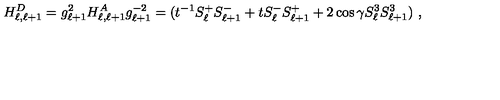
H _ { \ell , \ell + 1 } ^ { D } = g _ { \ell + 1 } ^ { 2 } H _ { \ell , \ell + 1 } ^ { A } g _ { \ell + 1 } ^ { - 2 } = ( t ^ { - 1 } S _ { \ell } ^ { + } S _ { \ell + 1 } ^ { - } + t S _ { \ell } ^ { - } S _ { \ell + 1 } ^ { + } + 2 \cos \gamma S _ { \ell } ^ { 3 } S _ { \ell + 1 } ^ { 3 } ) \ ,